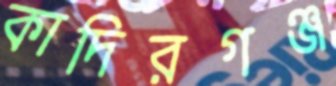
কাদিরগঞ্জ